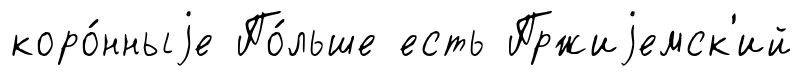
коро́нныjе По́льше есть Пржиjемск'ий